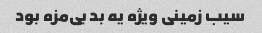
سیب زمینی ویژه یه بد بی‌مزه بود